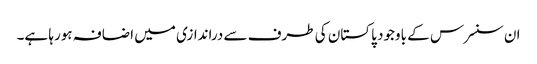
ان سنسرس کے باوجود پاکستان کی طرف سے دراندازی میں اضافہ ہورہا ہے۔